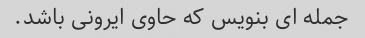
جمله ای بنویس که حاوی ایرونی باشد.